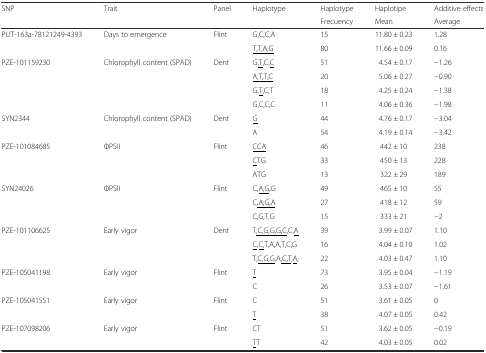
<table><thead><tr><td rowspan="2"><b>SNP</b></td><td rowspan="2"><b>Trait</b></td><td rowspan="2"><b>Panel</b></td><td rowspan="2"><b>Haplotype</b></td><td><b>Haplotype</b></td><td><b>Haplotipe</b></td><td><b>Additive effects</b></td></tr><tr><td><b>Frecuency</b></td><td><b>Mean</b></td><td><b>Average</b></td></tr></thead><tbody><tr><td rowspan="2">PUT-163a-78121249-4393</td><td rowspan="2">Days to emergence</td><td rowspan="2">Flint</td><td>G,C,C,A</td><td>15</td><td>11.80 ± 0.23</td><td>1.28</td></tr><tr><td><underline>T,T,A,G</underline></td><td>80</td><td>11.66 ± 0.09</td><td>0.16</td></tr><tr><td rowspan="4">PZE-101159230</td><td rowspan="4">Chlorophyll content (SPAD)</td><td rowspan="4">Dent</td><td>G<underline>,T</underline>,C,<underline>C</underline></td><td>51</td><td>4.54 ± 0.17</td><td>−1.26</td></tr><tr><td><underline>A,T,T,C</underline></td><td>20</td><td>5.06 ± 0.27</td><td>−0.90</td></tr><tr><td>G,<underline>T</underline>,C,T</td><td>18</td><td>4.25 ± 0.24</td><td>−1.38</td></tr><tr><td>G,C,C,C</td><td>11</td><td>4.06 ± 0.36</td><td>−1.98</td></tr><tr><td rowspan="2">SYN2344</td><td rowspan="2">Chlorophyll content (SPAD)</td><td rowspan="2">Dent</td><td><underline>G</underline></td><td>44</td><td>4.76 ± 0.17</td><td>−3.04</td></tr><tr><td>A</td><td>54</td><td>4.19 ± 0.14</td><td>−3.42</td></tr><tr><td rowspan="3">PZE-101084685</td><td rowspan="3">ΦPSII</td><td rowspan="3">Flint</td><td><underline>CCA</underline></td><td>46</td><td>442 ± 10</td><td>238</td></tr><tr><td><underline>C</underline>TG</td><td>33</td><td>450 ± 13</td><td>228</td></tr><tr><td>ATG</td><td>13</td><td>322 ± 29</td><td>189</td></tr><tr><td rowspan="3">SYN24026</td><td rowspan="3">ΦPSII</td><td rowspan="3">Flint</td><td>C,<underline>A,G</underline>,G</td><td>49</td><td>465 ± 10</td><td>55</td></tr><tr><td>C<underline>,A,G,A</underline></td><td>27</td><td>418 ± 12</td><td>59</td></tr><tr><td>C,G,T,G</td><td>15</td><td>333 ± 21</td><td>−2</td></tr><tr><td rowspan="3">PZE-101106625</td><td rowspan="3">Early vigor</td><td rowspan="3">Dent</td><td>T<underline>,C,G,G,G,C</underline>,C,<underline>A</underline></td><td>39</td><td>3.99 ± 0.07</td><td>1.10</td></tr><tr><td><underline>C</underline>,<underline>C,</underline>T,A,A,T,C,G</td><td>16</td><td>4.04 ± 0.10</td><td>1.02</td></tr><tr><td>T,<underline>C,G,G</underline>,A<underline>,C,T</underline>,<underline>A</underline>,</td><td>22</td><td>4.03 ± 0.47</td><td>1.10</td></tr><tr><td rowspan="2">PZE-105041198</td><td rowspan="2">Early vigor</td><td rowspan="2">Flint</td><td><underline>T</underline></td><td>73</td><td>3.95 ± 0.04</td><td>−1.19</td></tr><tr><td>C</td><td>26</td><td>3.53 ± 0.07</td><td>−1.61</td></tr><tr><td rowspan="2">PZE-105041551</td><td rowspan="2">Early vigor</td><td rowspan="2">Flint</td><td>C</td><td>51</td><td>3.61 ± 0.05</td><td>0</td></tr><tr><td><underline>T</underline></td><td>38</td><td>4.07 ± 0.05</td><td>0.42</td></tr><tr><td rowspan="2">PZE-107098206</td><td rowspan="2">Early vigor</td><td rowspan="2">Flint</td><td>CT</td><td>51</td><td>3.62 ± 0.05</td><td>−0.19</td></tr><tr><td><underline>T</underline>T</td><td>42</td><td>4.03 ± 0.05</td><td>0.02</td></tr></tbody></table>